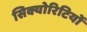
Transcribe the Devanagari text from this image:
सिक्योरिटियों